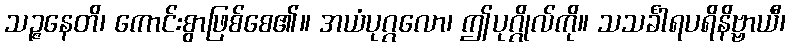
သဉ္ဇနေတိ၊ ကောင်းစွာဖြစ်စေ၏။ အယံပုဂ္ဂလော၊ ဤပုဂ္ဂိုလ်ကို။ သသင်္ခါရပရိနိဗ္ဗာယီ၊